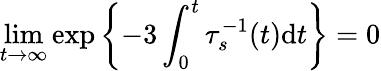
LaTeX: \operatorname*{lim}_{t\to\infty}\exp\left\{ -3\int_{0}^{t}\tau_{s}^{-1}(t)\mathrm{d}t\right\} =0